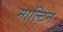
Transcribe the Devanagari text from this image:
माल्टिन